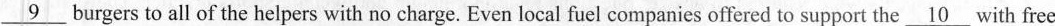
\underline{9}burgers to all of the helpers with no charge. Even local fuel companies offered to support the\underline{10}with free